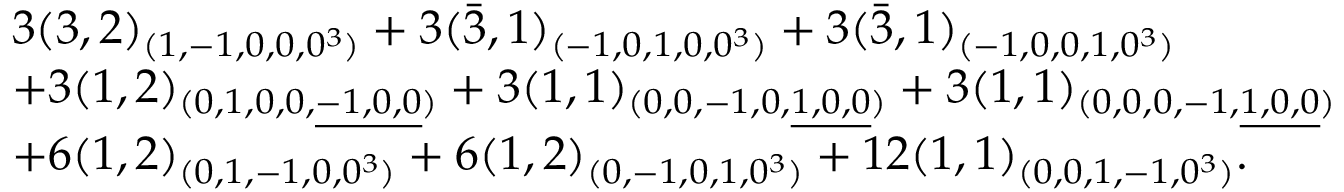
\begin{array} { l } { { 3 ( 3 , 2 ) _ { ( 1 , - 1 , 0 , 0 , 0 ^ { 3 } ) } + 3 ( \bar { 3 } , 1 ) _ { ( - 1 , 0 , 1 , 0 , 0 ^ { 3 } ) } + 3 ( \bar { 3 } , 1 ) _ { ( - 1 , 0 , 0 , 1 , 0 ^ { 3 } ) } } } \\ { { + 3 ( 1 , 2 ) _ { ( 0 , 1 , 0 , 0 , \underline { { { - 1 , 0 , 0 } } } ) } + 3 ( 1 , 1 ) _ { ( 0 , 0 , - 1 , 0 , \underline { { { 1 , 0 , 0 } } } ) } + 3 ( 1 , 1 ) _ { ( 0 , 0 , 0 , - 1 , \underline { { { 1 , 0 , 0 } } } ) } } } \\ { { + 6 ( 1 , 2 ) _ { ( 0 , 1 , - 1 , 0 , 0 ^ { 3 } ) } + 6 ( 1 , 2 ) _ { ( 0 , - 1 , 0 , 1 , 0 ^ { 3 } ) } + 1 2 ( 1 , 1 ) _ { ( 0 , 0 , 1 , - 1 , 0 ^ { 3 } ) } . } } \end{array}